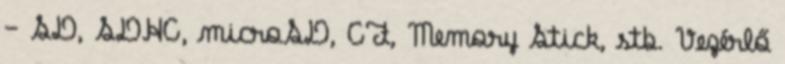
– SD, SDHC, microSD, CF, Memory Stick, stb. Vezérlő